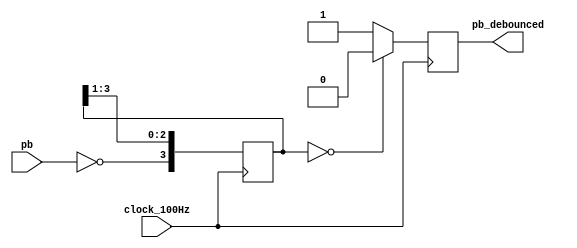
// Debounce Pushbutton: Filters out mechanical switch bounce for around 40ms.
module debounce (pb, clock_100Hz, pb_debounced);

   input pb; 
   input clock_100Hz; 
   output pb_debounced; 
   //declare the outputs
   reg pb_debounced;
   //declare the internal registers
   reg[3:0] SHIFT_PB; 
   //Debounce clock should be approximately 10ms or 100Hz
   always  @(posedge clock_100Hz)  
   begin
      //Use a shift register to filter switch contact bounce
      SHIFT_PB[2:0] <= SHIFT_PB[3:1] ; 
      SHIFT_PB[3] <= ~pb ; 
      if (SHIFT_PB[3:0] == 4'b0000)
      begin
         pb_debounced <= 1'b0 ; 
      end
      else
      begin
         pb_debounced <= 1'b1 ; 
      end 
   end 
endmodule